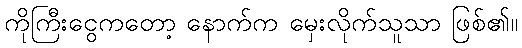
ကိုကြီးငွေကတော့ နောက်က မှေးလိုက်သူသာ ဖြစ်၏။